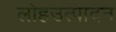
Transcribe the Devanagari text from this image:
लोहउत्पादन